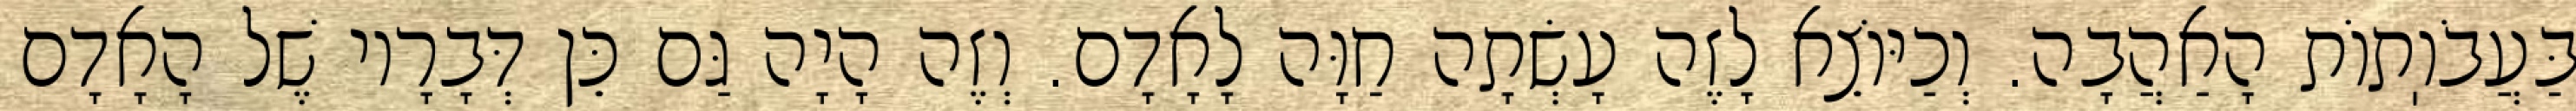
בַּעֲבֹוֽתוֹת הָאַהֲבָה. וְכַיּוֹצֵא לָזֶה עָשְׂתָה חַוָּה לָאָדָם. וְזֶה הָיָה גַּם כֵּן דְּבָרָיו שֶׁל הָאָדָם